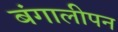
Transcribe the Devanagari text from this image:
बंगालीपन